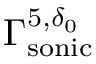
\Gamma _ { \mathrm { s o n i c } } ^ { 5 , \delta _ { 0 } }